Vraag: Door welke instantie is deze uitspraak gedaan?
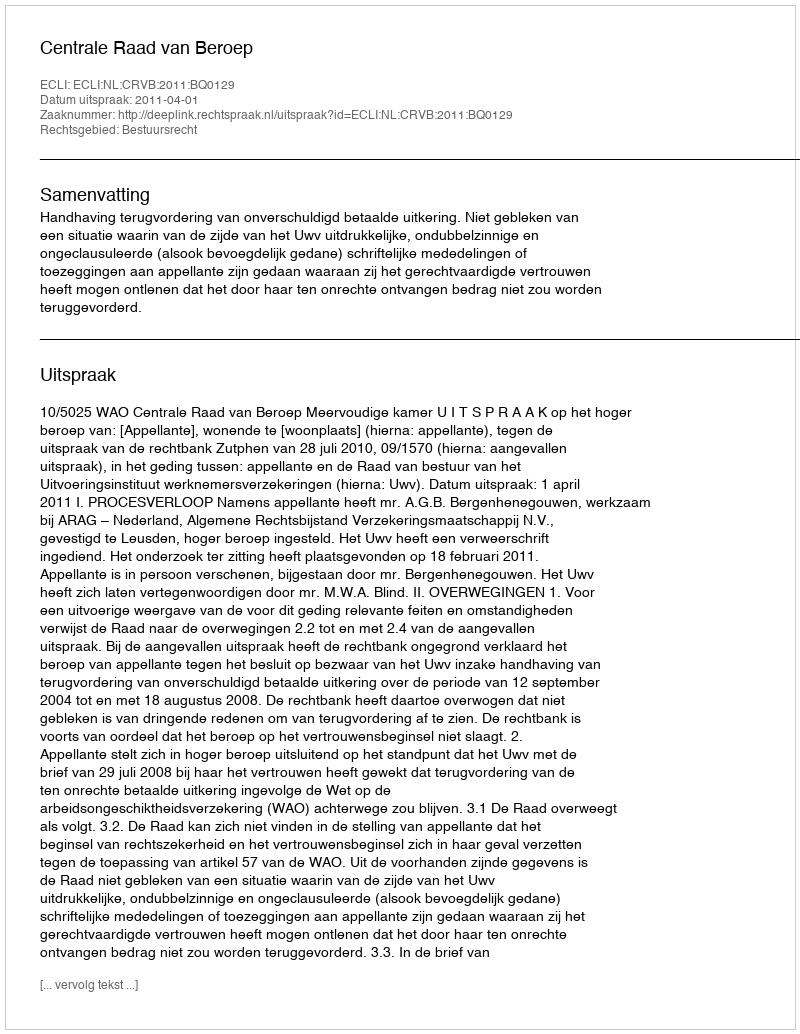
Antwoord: Centrale Raad van Beroep